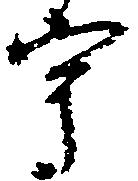
宇